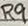
Text: R9